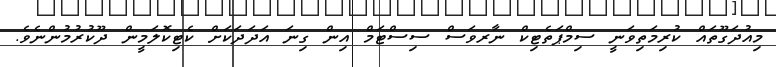
މިއުދަގޫތައް ކުރިމަތިވަނީ ސިމްޕަތެޓިކް ނާރވަސް ސިސްޓަމް އިން ގިނަ އަދަދަކަށް ކެޓިކޮލަމީން ދޫކުރުމުންނެވެ.